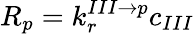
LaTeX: R_{p}=k_{r}^{III\rightarrow p}c_{III}